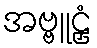
အဗ္ဗူဠှံ